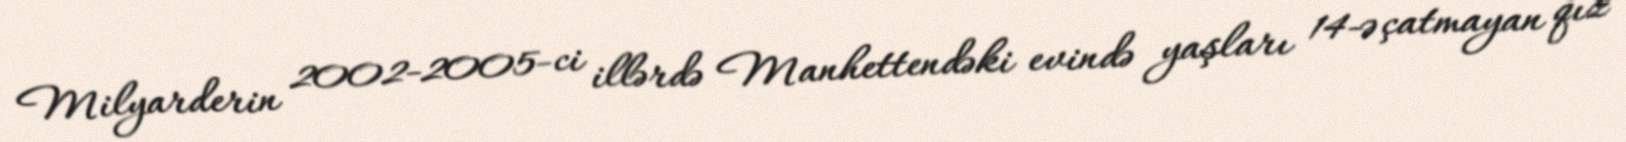
Milyarderin 2002-2005-ci illərdə Manhettendəki evində yaşları 14-ə çatmayan qız